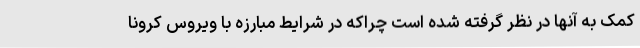
کمک به آنها در نظر گرفته شده است چراکه در شرایط مبارزه با ویروس کرونا